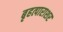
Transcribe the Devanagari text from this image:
बृहत्पाराशर